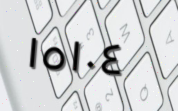
١٥١٠٤